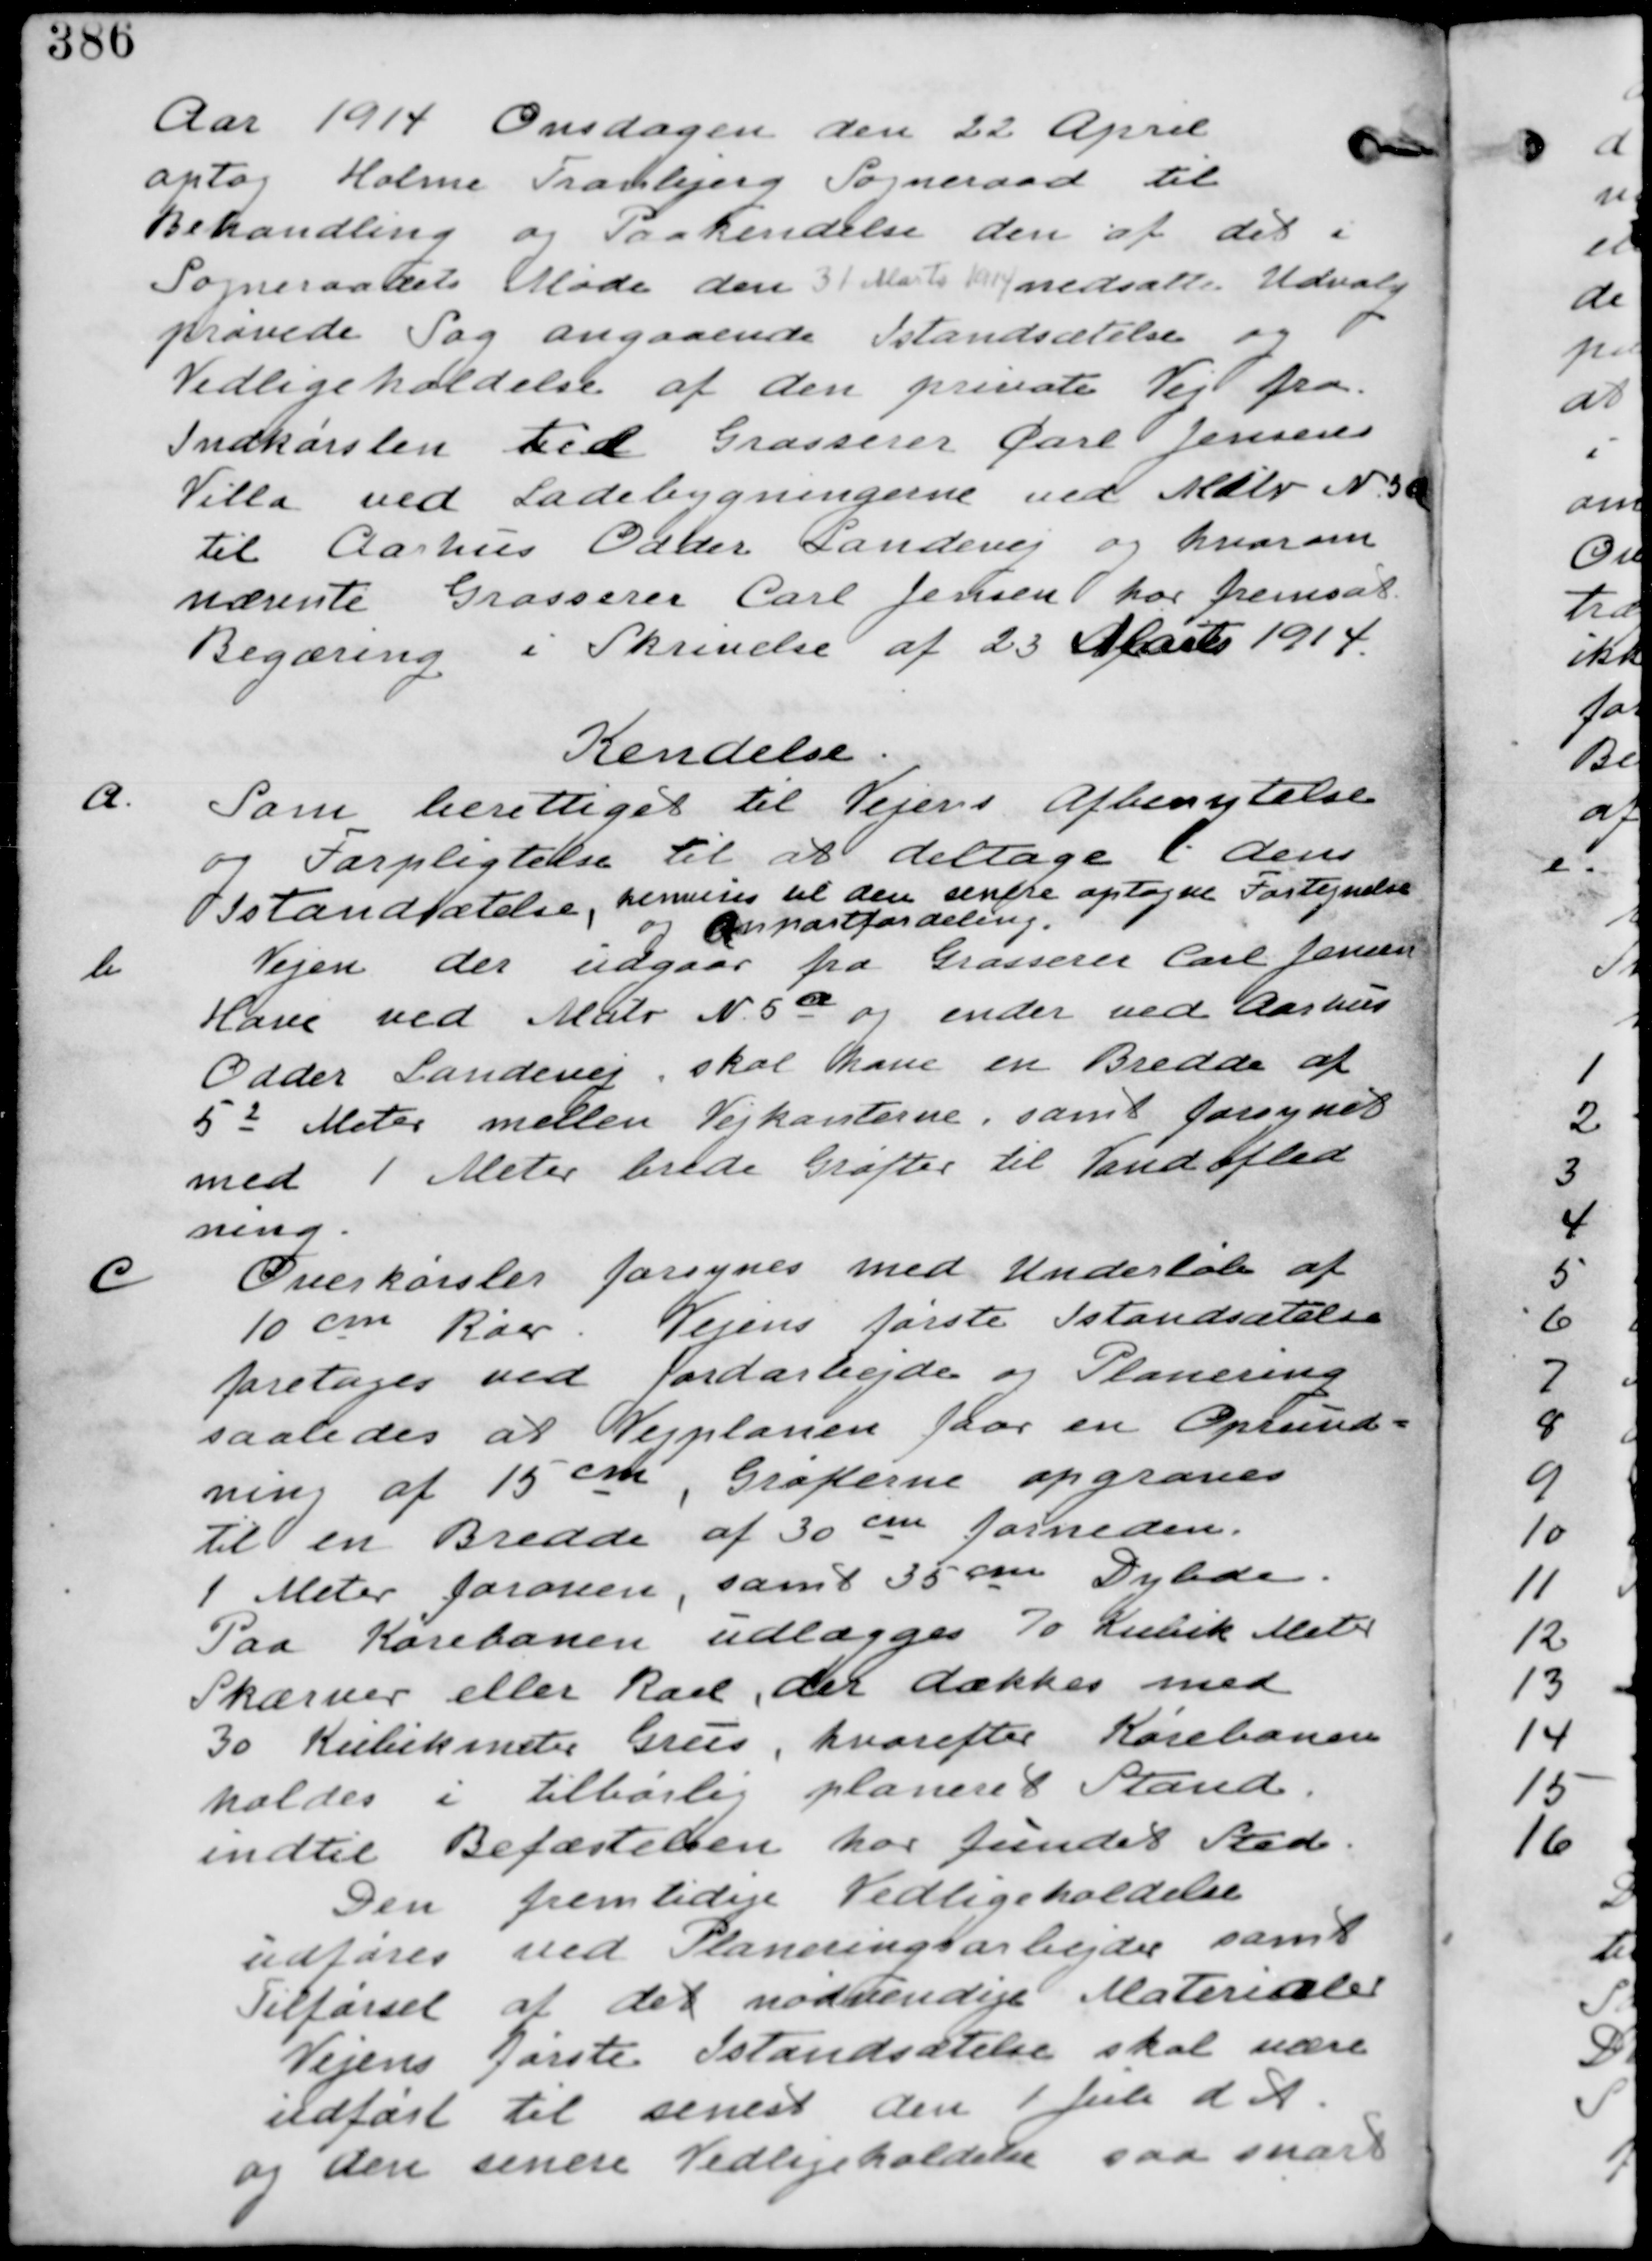
Transskription:
Aar 1914 Onsdagen den 22 April
optog Holme Tranbjerg Sogneraad til
Behandling og Paakendelse den af det i
Sogneraadets Møde den 31 Marts 1914 nedsatte Udvalg
prøvede Sag angaaende Istandsættelse og
Vedligeholdelse af den private Vej fra
Indkørslen til Grosserer Carl Jensens
Villa ved Ladebygningen ved Matr N 5a
til Aarhus Odder Landevej og hvorom
nævnte Grosserer Carl Jensen har fremsat
Begæring i Skrivelse af 23 Marts 1914.

Kendelse

a.
Som berettiget til Vejens Afbenytelse
og Forpligtelser til at deltage i dens
Istandsætelse, henvises til den senere optagne Fortegnelse
og Anpartsfordeling
b.
Vejen der udgaar fra Grosserer Carl Jensen
Have ved Matr N 5a og ender ved Aarhus
Odder Landevej skal have en Bredde af
52 Meter mellem Vejkanten, samt forsynet
med 1 Meter brede Grøfter til Vandaflad
ning.

c.
Overkørsler med Underløb af
10 cm Rør. Vejens første Istandsættelse
foretages ved Jordarbejder og Planering
saaledes at Vejplanen faar en Oprund-
ning af 15 cm, Grøfterne opgraves
til en Bredde af 30 cm forneden.
1 Meter foroven, samt 35 cm Dybde.
Paa Kørebanen udlægges 70 Kobik Meter
Skærver eller Ral, der dækkes med
30 Kubikmeter Grus, hvorefter Kørebanen
holdes i tilbørlig planeret Stand
indtil Befæstelsen har fundet Stade.
Den fremtidige Vedligholdelse
udføres ved Planeringsarbejder samt
Tilførsel af det nødvendige Materialer
Vejens første Istandsættelse skal være
udført til senest den 1. Juli d A
og den senere Vedligeholdelse saa snart